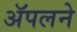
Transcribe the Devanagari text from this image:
ॲपलने